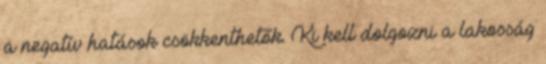
a negatív hatások csökkenthetők. Ki kell dolgozni a lakosság